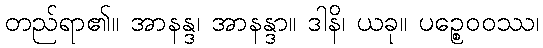
တည်ရာ၏။ အာနန္ဒ၊ အာနန္ဒာ။ ဒါနိ၊ ယခု။ ပဉ္စေဝဝဿ၊